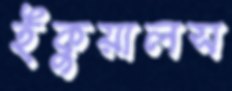
ইকুয়ালস